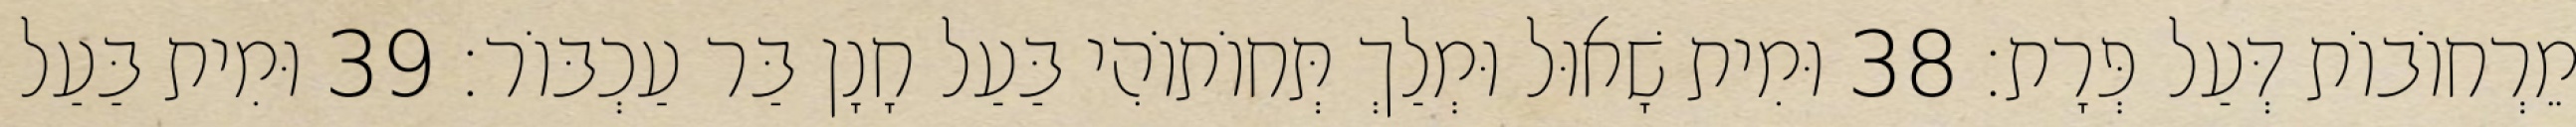
מֵרְחוֹבוֹת דְּעַל פְּרָת׃ 38 וּמִית שָׁאוּל וּמְלַךְ תְּחוֹתוֹהִי בַּעַל חָנָן בַּר עַכְבּוֹר׃ 39 וּמִית בַּעַל